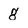
Character: g